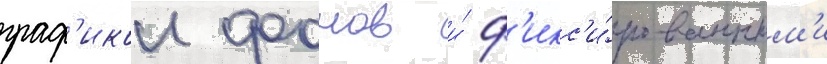
граф'икои фонов и́ ф'икс'и́рованным'и